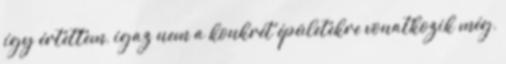
így értettem, igaz nem a konkrét épületekre vonatkozik még,